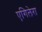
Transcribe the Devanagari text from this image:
एगिलेरा